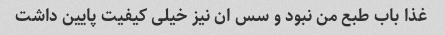
غذا باب طبع من نبود و سس ان نیز خیلی کیفیت پایین داشت